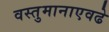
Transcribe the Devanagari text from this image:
वस्तुमानाएवढे